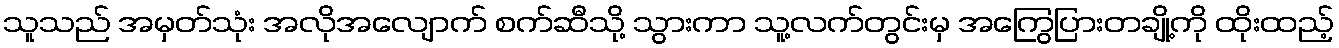
သူသည် အမှတ်သုံး အလိုအလျောက် စက်ဆီသို့ သွားကာ သူ့လက်တွင်းမှ အကြွေပြားတချို့ကို ထိုးထည့်